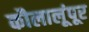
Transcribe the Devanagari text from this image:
कौलालूंपूर